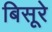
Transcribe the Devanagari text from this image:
बिसूरे